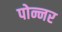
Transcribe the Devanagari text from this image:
पोन्नर